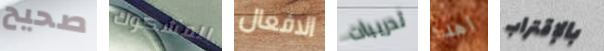
صحيح المشكوك الافعال تدريبات اهدا بالإقتراب